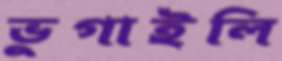
ভুগাইলি